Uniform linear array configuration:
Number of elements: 24
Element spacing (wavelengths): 1
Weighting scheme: exponential
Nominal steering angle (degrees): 15
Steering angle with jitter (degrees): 14.603
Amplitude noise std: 0.05
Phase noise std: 0.05

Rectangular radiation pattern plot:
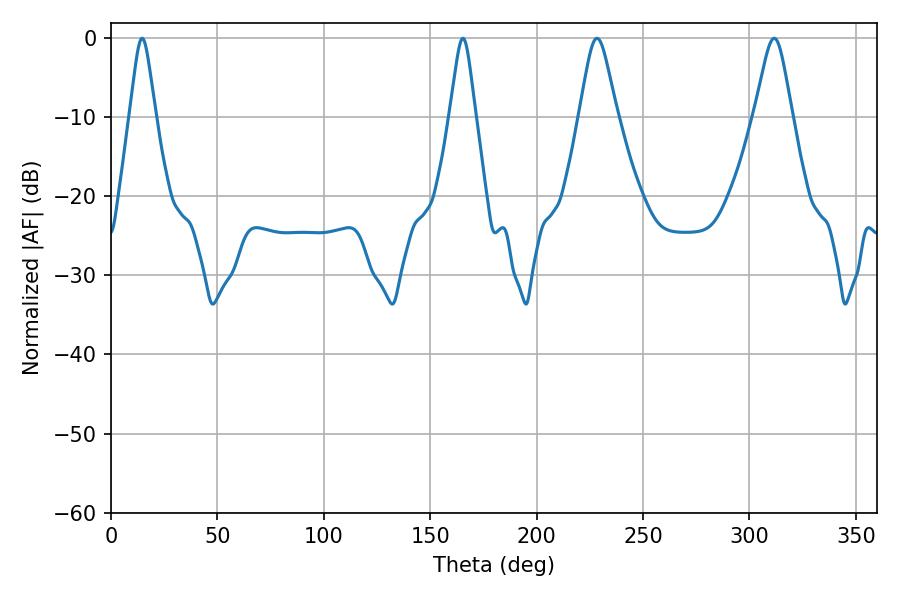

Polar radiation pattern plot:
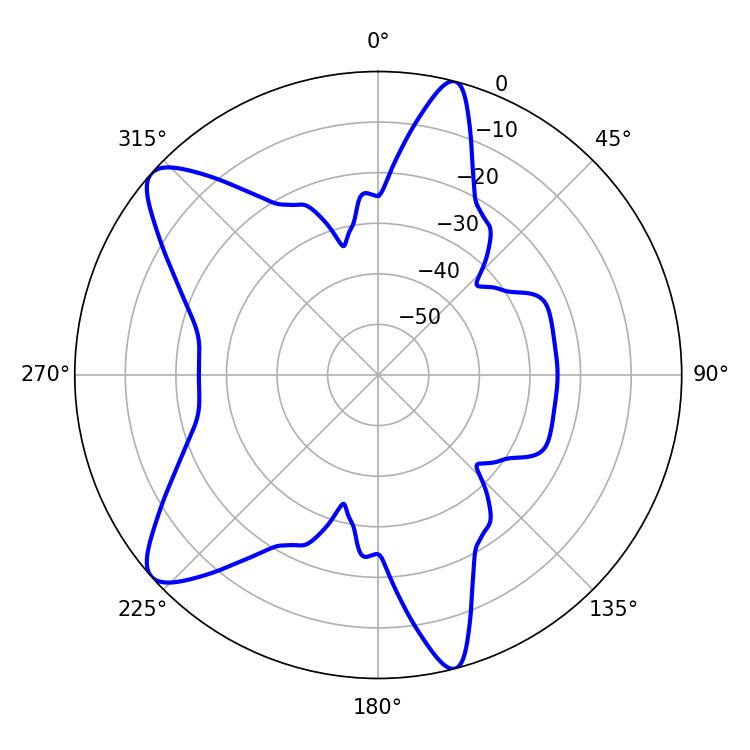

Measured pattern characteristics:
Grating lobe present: TRUE
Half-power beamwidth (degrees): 8.46
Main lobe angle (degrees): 228.42